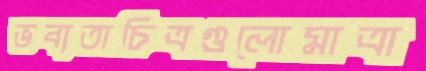
ভব্যতাচিত্রগুলোমাত্রা